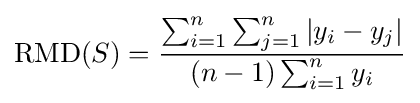
\mathrm {RMD} (S)={\frac {\sum _{i=1}^{n}\sum _{j=1}^{n}|y_{i}-y_{j}|}{(n-1)\sum _{i=1}^{n}y_{i}}}